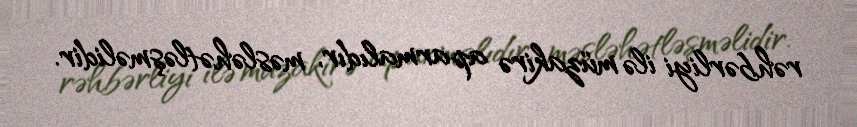
rəhbərliyi ilə müzakirə aparmalıdır, məsləhətləşməlidir.